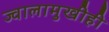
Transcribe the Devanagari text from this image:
ज्वालामुखीही